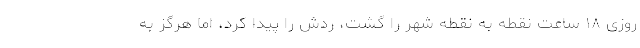
روزی ۱۸ ساعت نقطه به نقطه شهر را گشت، ردش را پیدا کرد، اما هرگز به